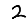
Digit: 2